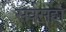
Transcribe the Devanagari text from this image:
सर्वसहो